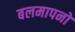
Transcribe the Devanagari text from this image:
बलमापनों